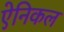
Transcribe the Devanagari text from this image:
ऐनिकल